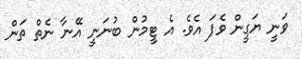
ވަނީ ޔަގީން ވެފަ އެވެ. އެ ޓީމުން ބުނަނީ އޭނާ ނެތް ތަން